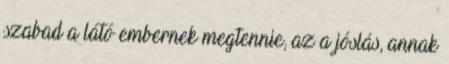
szabad a látó embernek megtennie, az a jóslás, annak